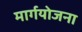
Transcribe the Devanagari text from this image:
मार्गयोजना